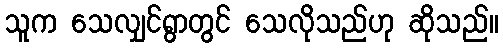
သူက သေလျှင်ရွာတွင် သေလိုသည်ဟု ဆိုသည်။